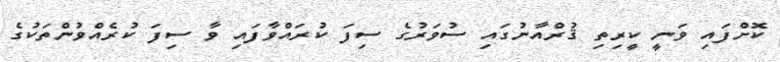
ކޮށްފައި ވަނީ ކީރިތި ޤުރްއާނުގައި ސުވަރުގެ ސިފަ ކުރައްވާފައި ވާ ސިފަ ކުރެއްވުންތަކުގެ